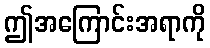
ဤအကြောင်းအရာကို